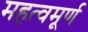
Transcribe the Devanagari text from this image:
महत्वमूर्ण